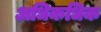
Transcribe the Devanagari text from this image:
अधिकधिक